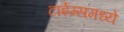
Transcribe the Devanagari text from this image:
टाईम्समध्ये